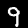
Label: 9